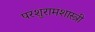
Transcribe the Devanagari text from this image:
परशुरामशास्त्री